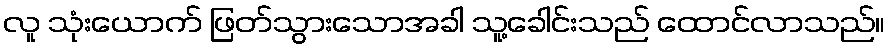
လူ သုံးယောက် ဖြတ်သွားသောအခါ သူ့ခေါင်းသည် ထောင်လာသည်။